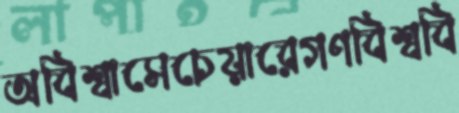
অবিশ্বাসেচেয়ারেগণবিশ্ববি